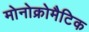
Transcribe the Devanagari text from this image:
मोनोक्रोमैटिक